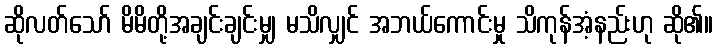
ဆိုလတ်သော် မိမိတို့အချင်းချင်းမျှ မသိလျှင် အဘယ်ကောင်းမှု သိကုန်အံ့နည်းဟု ဆို၏။